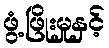
ဖွံ့ဖြိုးမှုနှင့်